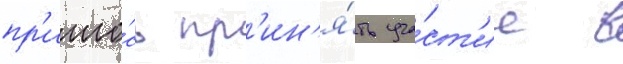
пр'ишло́сь пр'ин'я́ть уча́ст'ие в